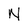
Character: N